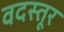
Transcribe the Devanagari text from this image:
वदस्तूर